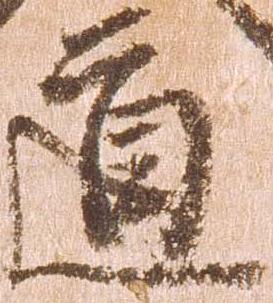
道